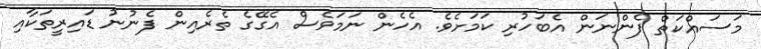
މަސައްކަތް ފެންނަން އެބަހުރި ކަމަށެވެ. އެހެން ނަމަވެސް އެގޭގެ ތެރެއިން ފެނުނު ޑައިރީތަކާއި